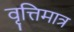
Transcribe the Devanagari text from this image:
वृत्तिमात्र